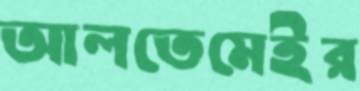
আলতেমেইর